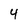
Character: 4